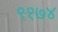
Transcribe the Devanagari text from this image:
९१७४